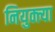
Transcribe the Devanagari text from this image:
नियुक्त्या